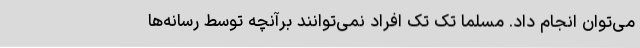
می‌توان انجام داد. مسلما تک تک افراد نمی‌توانند برآنچه توسط رسانه‌ها